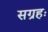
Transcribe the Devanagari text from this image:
सग्रहः